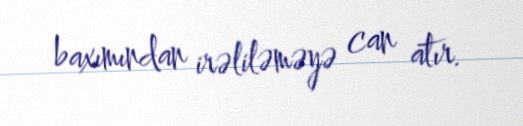
baxımından irəliləməyə can atır.